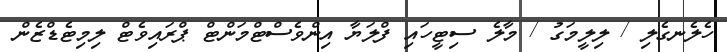
ހެލެނގެލި / ލިލީމަގު / މާލެ ސިޓީހައި ފްލަޔާ އިންވެސްޓްމަންޓް ޕްރައިވެޓް ލިމިޓެޑްޒެން